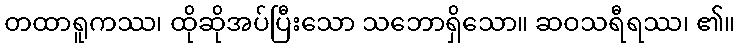
တထာရူကဿ၊ ထိုဆိုအပ်ပြီးသော သဘောရှိသော။ ဆဝသရီရဿ၊ ၏။